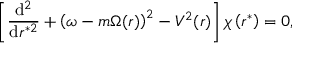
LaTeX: \left[ \frac { \mathrm { d } ^ { 2 } } { \mathrm { d } r ^ { * 2 } } + \left( \omega - m \Omega ( r ) \right) ^ { 2 } - V ^ { 2 } ( r ) \right] \chi \left( r ^ { * } \right) = 0 ,